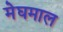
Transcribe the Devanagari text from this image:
मेघमाल